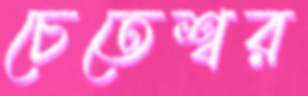
চেতেশ্বর